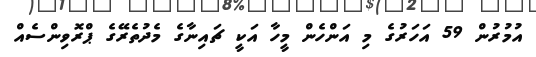
އުމުރުން 59 އަހަރުގެ މި އަންހެން މީހާ އަކީ ޗައިނާގެ މެދުތެރޭގެ ޕްރޮވިންސެއް